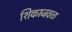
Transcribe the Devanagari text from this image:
शिकाजवळ